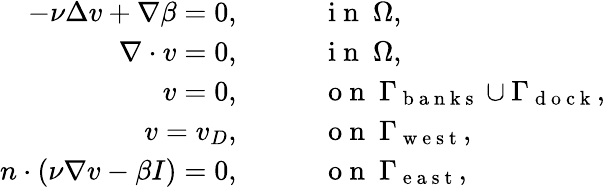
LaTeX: \begin{array}{rl}{-\nu\Delta v+\nabla\beta=0,}&{{}\qquad\mathrm{~i~n~}\ \Omega,}\\ {\nabla\cdot v=0,}&{{}\qquad\mathrm{~i~n~}\ \Omega,}\\ {v=0,}&{{}\qquad\mathrm{~o~n~}\ \Gamma_{\mathrm{~b~a~n~k~s~}}\cup\Gamma_{\mathrm{~d~o~c~k~}},}\\ {v=v_{D},}&{{}\qquad\mathrm{~o~n~}\ \Gamma_{\mathrm{~w~e~s~t~}},}\\ {n\cdot(\nu\nabla v-\beta I)=0,}&{{}\qquad\mathrm{~o~n~}\ \Gamma_{\mathrm{~e~a~s~t~}},}\end{array}